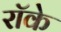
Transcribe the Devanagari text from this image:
रॉके